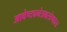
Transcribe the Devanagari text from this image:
आवेष्ट्यनेत्रवस्त्रेणततः